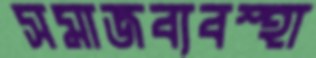
সমাজব্যবস্হা